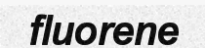
fluorene